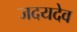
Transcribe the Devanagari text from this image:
जदयदेव